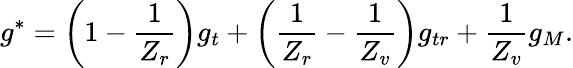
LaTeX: {g}^{\ast}=\left(1-\frac{1}{Z_{r}}\right){{g}_{t}}+\left(\frac{1}{Z_{r}}-\frac{1}{Z_{v}}\right){{g}_{tr}}+\frac{1}{Z_{v}}{{g}_{M}}.